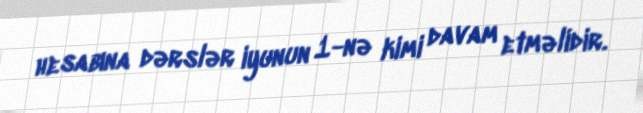
hesabına dərslər iyunun 1-nə kimi davam etməlidir.